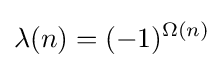
\lambda (n)=(-1)^{\Omega (n)}